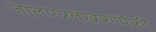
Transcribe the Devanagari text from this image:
जालपत्रलेखकांपैकी